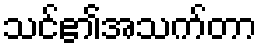
သင်၏အသက်တာ